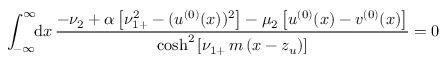
\int _ { - \infty } ^ { \infty } \! \! \mathrm { d } x \, \frac { - \nu _ { 2 } + \alpha \left[ \nu _ { 1 + } ^ { 2 } - ( u ^ { ( 0 ) } ( x ) ) ^ { 2 } \right] - \mu _ { 2 } \left[ u ^ { ( 0 ) } ( x ) - v ^ { ( 0 ) } ( x ) \right] } { \cosh ^ { 2 } \left[ \nu _ { 1 + } \, m \, ( x - z _ { u } ) \right] } = 0